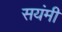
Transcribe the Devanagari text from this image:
सयंमी